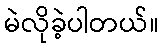
မဲလိုခဲ့ပါတယ်။